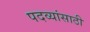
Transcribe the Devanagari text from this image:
पदव्यांसाठी